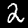
Label: 2